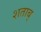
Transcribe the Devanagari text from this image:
शताब्